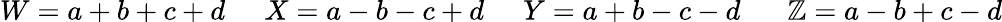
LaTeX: W=a+b+c+d\; \; \; \; \; X=a-b-c+d\; \; \; \; \; Y=a+b-c-d\; \; \; \; \; \; \mathbb{Z}=a-b+c-d